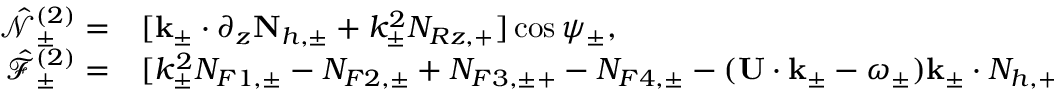
\begin{array} { r l } { \hat { \mathcal { N } } _ { \pm } ^ { ( 2 ) } = } & { { } [ \mathbf { k } _ { \pm } \cdot \partial _ { z } \mathbf { N } _ { h , \pm } + k _ { \pm } ^ { 2 } N _ { R z , + } ] \cos \psi _ { \pm } , } \\ { \hat { \mathcal { F } } _ { \pm } ^ { ( 2 ) } = } & { { } [ k _ { \pm } ^ { 2 } N _ { F 1 , \pm } - N _ { F 2 , \pm } + N _ { F 3 , \pm + } - N _ { F 4 , \pm } - ( \mathbf { U } \cdot \mathbf { k } _ { \pm } - \omega _ { \pm } ) \mathbf { k } _ { \pm } \cdot N _ { h , + } ] \sin \psi _ { \pm } , } \end{array}